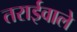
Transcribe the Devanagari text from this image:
तराईवाले